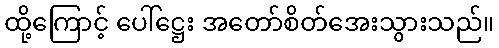
ထို့ကြောင့် ပေါ်ဋ္ဌေး အတော်စိတ်အေးသွားသည်။